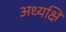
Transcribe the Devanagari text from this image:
अध्यक्षि